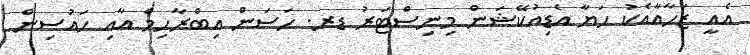
އެއީ ޒަހާއާއެކު ހަޔާ އެޑިއުކޭޝަން މިނިސްޓަރު ޑރ. ހަސަން އިބްރާހިމް އާއި ހައުސިން